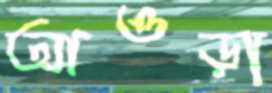
আওড়া